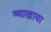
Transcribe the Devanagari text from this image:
व्याखाया